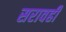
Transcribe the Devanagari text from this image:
सरावही